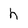
Character: h